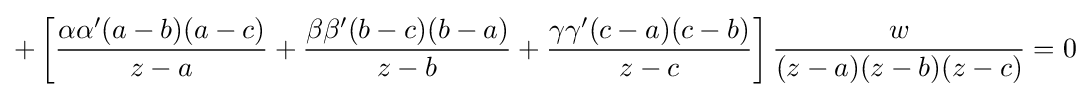
+\left[{\frac {\alpha \alpha '(a-b)(a-c)}{z-a}}+{\frac {\beta \beta '(b-c)(b-a)}{z-b}}+{\frac {\gamma \gamma '(c-a)(c-b)}{z-c}}\right]{\frac {w}{(z-a)(z-b)(z-c)}}=0